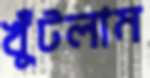
খুঁটলাম